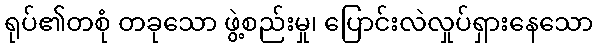
ရုပ်၏တစုံ တခုသော ဖွဲ့စည်းမှု၊ ပြောင်းလဲလှုပ်ရှားနေသော